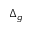
\Delta _ { g }